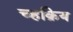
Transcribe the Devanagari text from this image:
च्हक्रिय